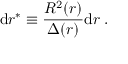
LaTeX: \mathrm { d } r ^ { * } \equiv \frac { R ^ { 2 } ( r ) } { \Delta ( r ) } \mathrm { d } r \; .